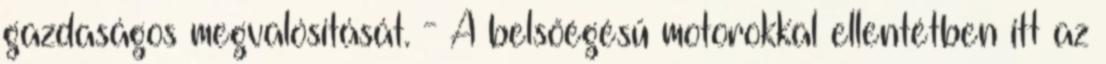
gazdaságos megvalósítását. - A belsőégésű motorokkal ellentétben itt az